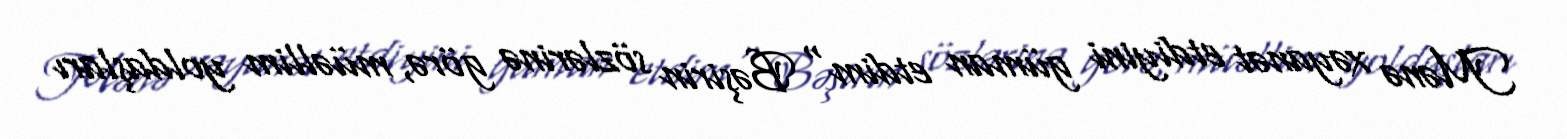
Mənə xəyanət etdiyini güman etdim" Bəşirin sözlərinə görə, müəllim yoldaşları